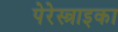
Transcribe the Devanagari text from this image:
पेरेस्त्राइका